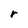
Character: r